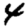
Digit: 4